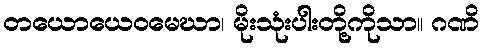
တယောယေဝမေဃာ၊ မိုးသုံးပါးတို့ကိုသာ။ ဂဏိ